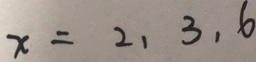
x = 2 、 3 、 6